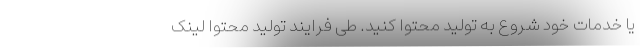
یا خدمات خود شروع به تولید محتوا کنید. طی فرایند تولید محتوا لینک